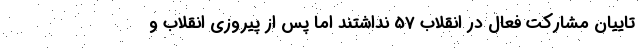
تاییان مشارکت فعال در انقلاب 57 نداشتند اما پس از پیروزی انقلاب و